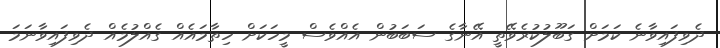
ދެވިފައިވާނެ ކަމަށް ގަބޫލުކުރެވޭތީ އޭނާގެ ސަބަބުން އެއްވެސް މީހަކަށް ހިތާމައެއް ގެއްލުމެއް ދެވިފައިވާނަމަ